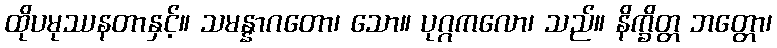
ထိုပမုဿနတာနှင့်။ သမန္နာဂတော၊ သော။ ပုဂ္ဂကလော၊ သည်။ နိက္ခိတ္တ ဘတ္တော၊